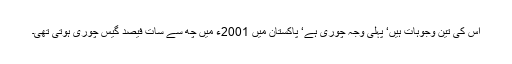
اس کی تین وجوہات ہیں‘ پہلی وجہ چوری ہے‘ پاکستان میں 2001ء میں چھ سے سات فیصد گیس چوری ہوتی تھی۔